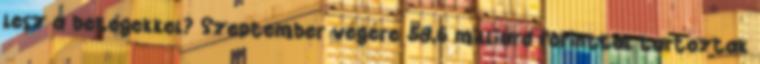
lesz a betegekkel? Szeptember végére 58,6 milliárd forinttal tartoztak